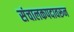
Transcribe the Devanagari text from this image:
संचालकपदावरून